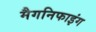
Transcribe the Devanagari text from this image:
मैगनिफाइंग